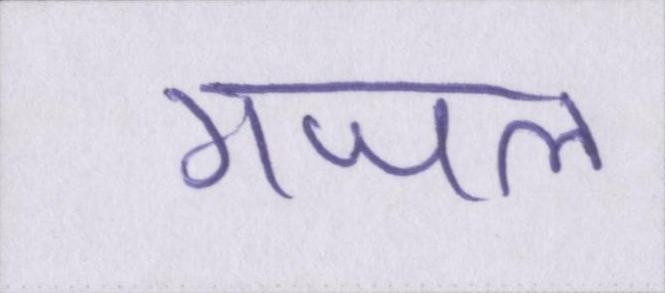
गजल